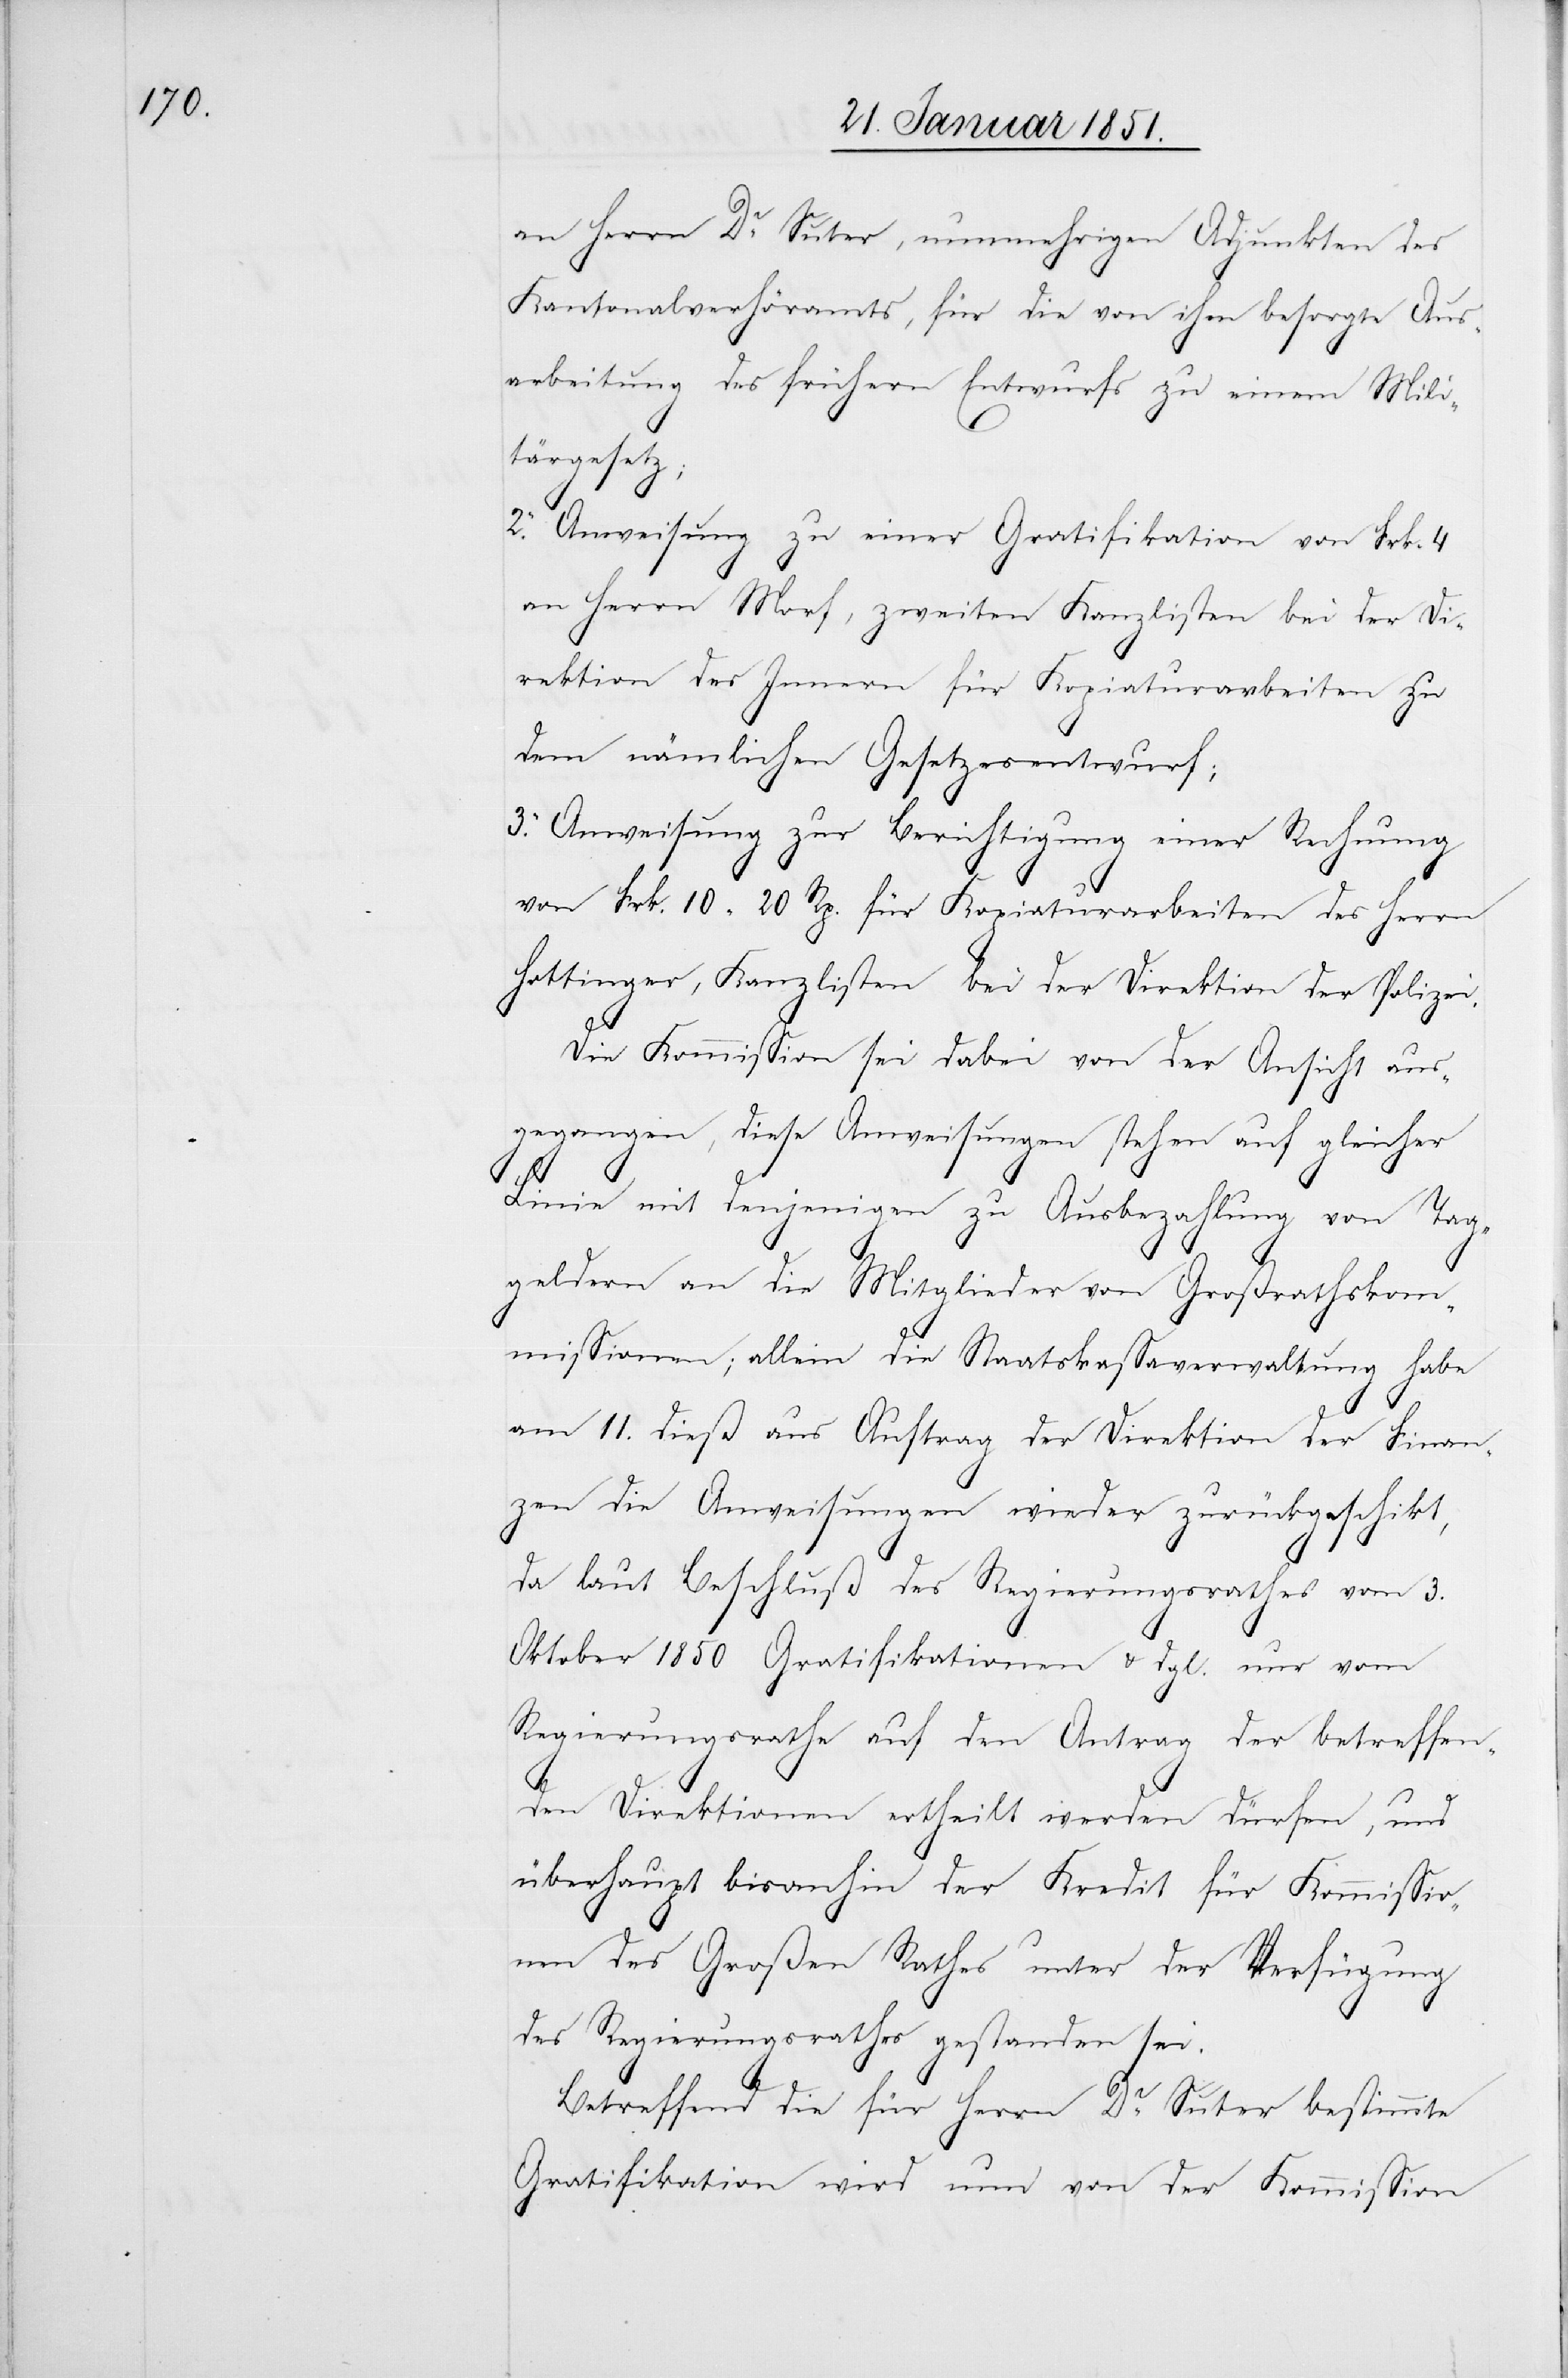
an Herrn Dr. Suter, nunmehrigen Adjunkten des
Kantonalverhöramts, für die von ihm besorgte Aus¬
arbeitung des frühern Entwurfs zu einem Mili¬
tärgesetz;
2. Anweisung zu einer Gratifikation von Frk. 4
an Herrn Morf, zweiten Kanzlisten bei der Di¬
rektion des Innern für Kopiaturarbeiten zu
dem nämlichen Gesetzesentwurf;
3. Anweisung zur Berichtigung einer Rechnung
von Frk. 10 20 Rp. für Kopiaturarbeiten des Herrn
Hottinger, Kanzlisten bei der Direktion der Polizei.
Die Kommission sei dabei von der Ansicht aus¬
gegangen, diese Anweisungen stehen auf gleicher
Linie mit denjenigen zu Ausbezahlung von Tag¬
geldern an die Mitglieder von Großrathskom¬
missionen; allein die Staatskassaverwaltung habe
am 11. dieß aus Auftrag der Direktion der Finan¬
zen die Anweisungen wieder zurückgeschikt,
da laut Beschluß des Regierungsrathes vom 3.
Oktober 1850 Gratifikationen & dgl. nur vom
Regierungsrathe auf den Antrag der betreffen¬
den Direktionen ertheilt werden dürfen, und
überhaupt bisanhin der Kredit für Kommissio¬
nen des Großen Rathes unter der Verfügung
des Regierungsrathes gestanden sei.
Betreffend die für Herrn Dr. Suter bestimmte
Gratifikation wird nun von der Kommission